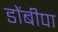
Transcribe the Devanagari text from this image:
डोंबीपा